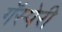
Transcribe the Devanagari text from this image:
गॅस्पेरी